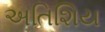
અતિશિય